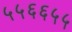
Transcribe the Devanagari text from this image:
५५६६५५